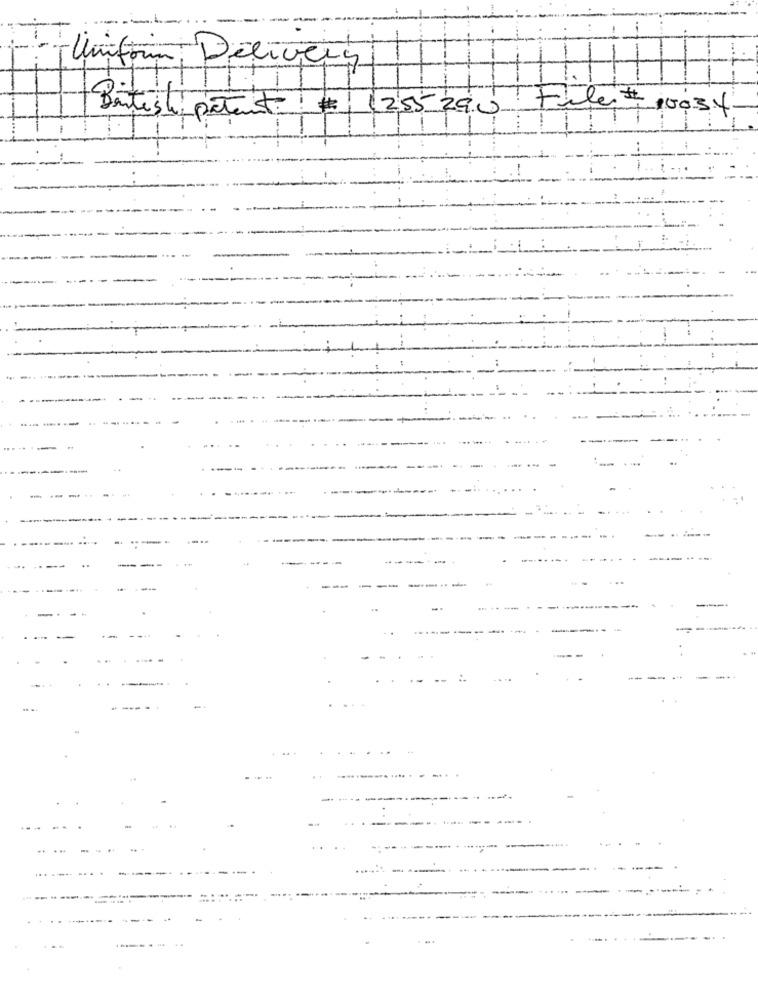
T
Unitoin Delivery
1255 290
tilest 10034
British patent
-